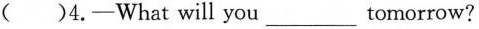
( )4.-What will you___tomorrow?